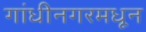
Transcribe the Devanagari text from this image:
गांधीनगरमधून